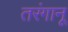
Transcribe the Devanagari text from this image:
तरंगानू